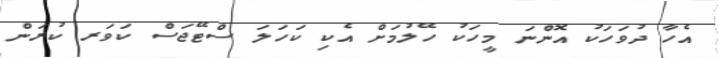
އެހާ ދުވަހަކު އޮންނަ މީހަކު ހޭލުމަށް އެކި ކަހަލަ ސްޓޭޖަސް ކަވަރ ކުރަން